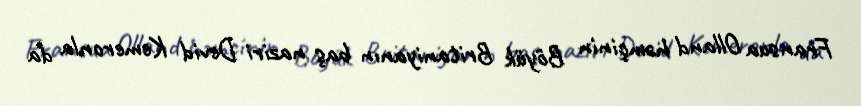
Fransua Olland həmçinin Böyük Britaniyanın baş naziri Devid Kemeronla da